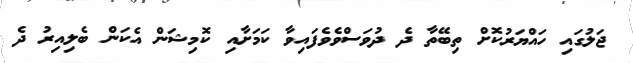
ޖަލުގައި ހައްޔަރުކޮށް ތިބޭތާ ދެ ދުވަސްވެވެފައިވާ ކަމަށާއި ކޮމިޝަން އެކަން ބެލިއިރު ދެ